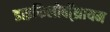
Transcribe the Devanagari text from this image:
डाइफिलोबॉ्थ्रायम